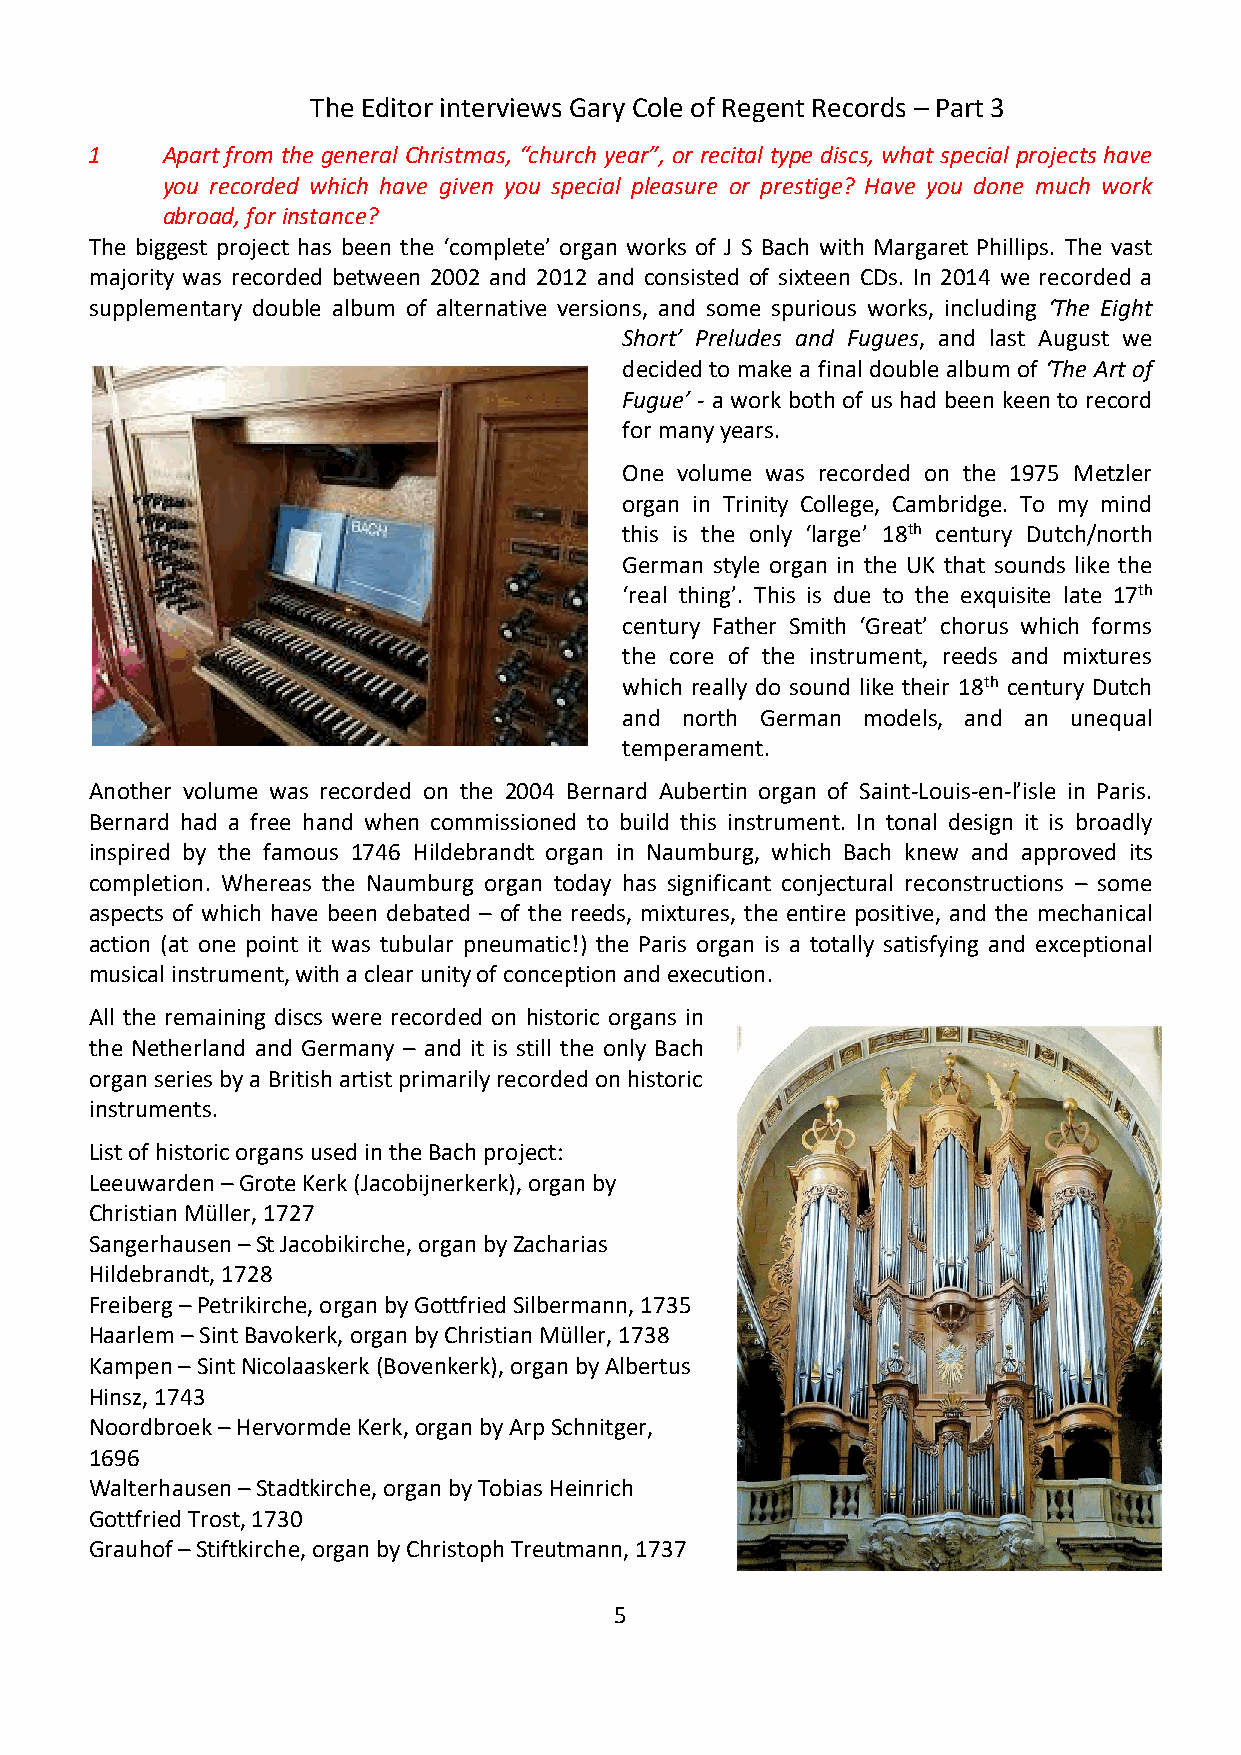
The Editor interviews Gary Cole of Regent Records – Part 3
 1    Apart from the general Christmas, “church year”, or recital type discs, what special projects have
 you recorded which have given you special pleasure or prestige? Have you done much work
 abroad, for instance?
 The biggest project has been the ‘complete’ organ works of J S Bach with Margaret Phillips. The vast
 majority was recorded between 2002 and 2012 and consisted of sixteen CDs. In 2014 we recorded a
 supplementary double album of alternative versions, and some spurious works, including ‘The Eight
 Short’ Preludes and Fugues, and last August we
 decided to make a final double album of ‘The Art of
 Fugue’ - a work both of us had been keen to record
 for many years.
 One volume was recorded on the 1975 Metzler
 organ in Trinity College, Cambridge. To my mind
 this is the only ‘large’ 18th century Dutch/north
 German style organ in the UK that sounds like the
 ‘real thing’. This is due to the exquisite late 17th
 century Father Smith ‘Great’ chorus which forms
 the core of the instrument, reeds and mixtures
 which really do sound like their 18th century Dutch
 and north German models, and an unequal
 temperament.
 Another volume was recorded on the 2004 Bernard Aubertin organ of Saint-Louis-en-l’isle in Paris.
 Bernard had a free hand when commissioned to build this instrument. In tonal design it is broadly
 inspired by the famous 1746 Hildebrandt organ in Naumburg, which Bach knew and approved its
 completion. Whereas the Naumburg organ today has significant conjectural reconstructions – some
 aspects of which have been debated – of the reeds, mixtures, the entire positive, and the mechanical
 action (at one point it was tubular pneumatic!) the Paris organ is a totally satisfying and exceptional
 musical instrument, with a clear unity of conception and execution.
 All the remaining discs were recorded on historic organs in
 the Netherland and Germany – and it is still the only Bach
 organ series by a British artist primarily recorded on historic
 instruments.
 List of historic organs used in the Bach project:
 Leeuwarden – Grote Kerk (Jacobijnerkerk), organ by
 Christian Müller, 1727
 Sangerhausen – St Jacobikirche, organ by Zacharias
 Hildebrandt, 1728
 Freiberg – Petrikirche, organ by Gottfried Silbermann, 1735
 Haarlem – Sint Bavokerk, organ by Christian Müller, 1738
 Kampen – Sint Nicolaaskerk (Bovenkerk), organ by Albertus
 Hinsz, 1743
 Noordbroek – Hervormde Kerk, organ by Arp Schnitger,
 1696
 Walterhausen – Stadtkirche, organ by Tobias Heinrich
 Gottfried Trost, 1730
 Grauhof – Stiftkirche, organ by Christoph Treutmann, 1737
 5